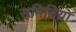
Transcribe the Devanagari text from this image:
समितिय़ा